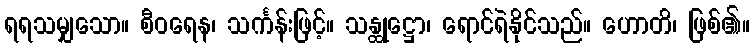
ရရသမျှသော။ စီဝရေန၊ သင်္ကန်းဖြင့်။ သန္ထုဋ္ဌော၊ ရောင်ရဲနိုင်သည်။ ဟောတိ၊ ဖြစ်၏။